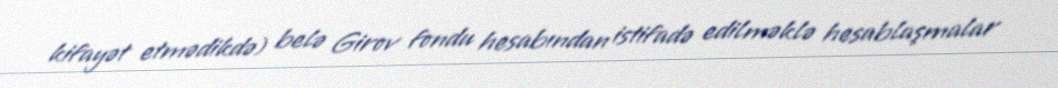
kifayət etmədikdə) belə Girov fondu hesabından istifadə edilməklə hesablaşmalar